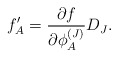
\begin{align*}f'_A=\frac{\partial f}{\partial\phi^{(J)}_A}D_J.\end{align*}